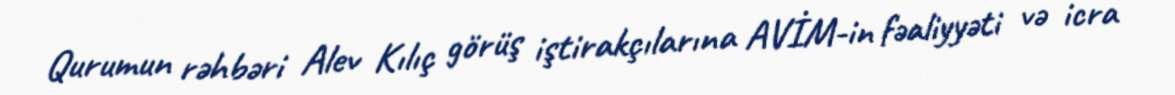
Qurumun rəhbəri Alev Kılıç görüş iştirakçılarına AVİM-in fəaliyyəti və icra